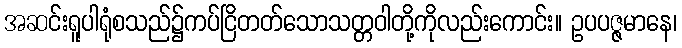
အဆင်းရူပါရုံစသည်၌ကပ်ငြိတတ်သောသတ္တဝါတို့ကိုလည်းကောင်း။ ဥပပဇ္ဇမာနေ၊